Elephants and their diseases
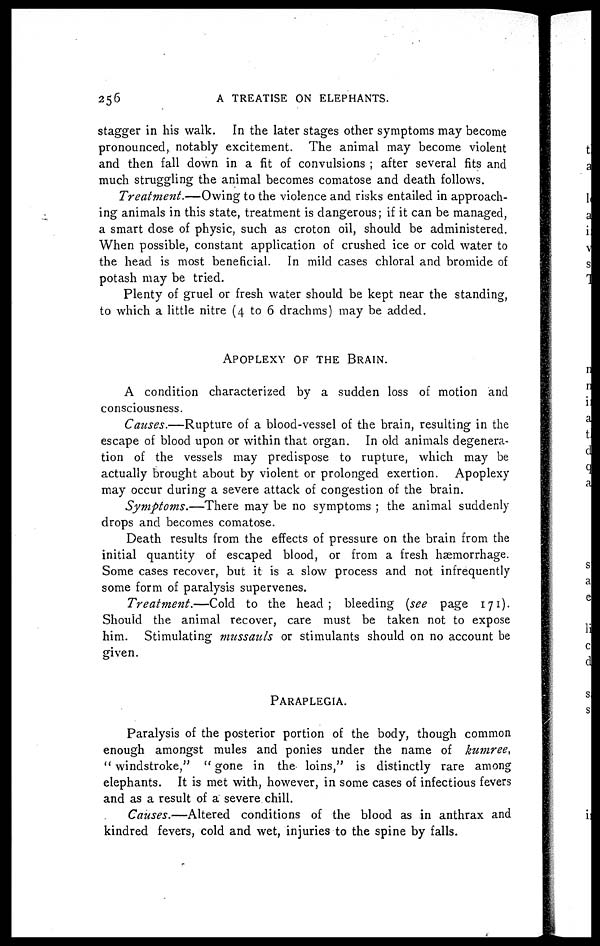
256
A TREATISE ON ELEPHANTS.
stagger in his walk. In the later stages other symptoms may become
pronounced, notably excitement. The animal may become violent
and then fall down in a fit of convulsions ; after several fits and
much struggling the animal becomes comatose and death follows.
Treatment.—Owing to the violence and risks entailed in approach-
ing animals in this state, treatment is dangerous; if it can be managed,
a smart dose of physic, such as croton oil, should be administered.
When possible, constant application of crushed ice or cold water to
the head is most beneficial. In mild cases chloral and bromide of
potash may be tried.
Plenty of gruel or fresh water should be kept near the standing,
to which a little nitre (4 to 6 drachms) may be added.
APOPLEXY OF THE BRAIN.
A condition characterized by a sudden loss of motion and
consciousness.
Causes.—Rupture of a blood-vessel of the brain, resulting in the
escape of blood upon or within that organ. In old animals degenera-
tion of the vessels may predispose to rupture, which may be
actually brought about by violent or prolonged exertion. Apoplexy
may occur during a severe attack of congestion of the brain.
Symptoms.—There
may be no symptoms ; the animal suddenly
drops and becomes comatose.
Death results from the effects of pressure on the brain from the
initial quantity of escaped blood, or from a fresh haemorrhage.
Some cases recover, but it is a slow process and not infrequently
some form of paralysis supervenes.
Treatment.—Cold
to the head; bleeding (see page 171).
Should the animal recover, care must be taken not to expose
him. Stimulating mussauls or stimulants should on no account be
given.
PARAPLEGIA.
Paralysis of the posterior portion of the body, though common
enough amongst mules and ponies under the name of kumree,
" windstroke," " gone in the loins," is distinctly rare among
elephants. It is met with, however, in some cases of infectious fevers
and as a result of a severe chill.
Causes.—Altered
conditions of the blood as in anthrax and
kindred fevers, cold and wet, injuries to the spine by falls.